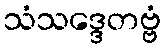
သံသဒ္ဒေတဗ္ဗံ